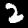
Label: 2